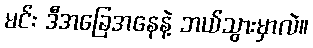
မင်း ဒီအခြေအနေနဲ့ ဘယ်သွားမှာလဲ။